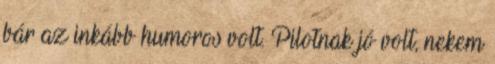
bár az inkább humoros volt. Pilotnak jó volt, nekem